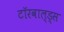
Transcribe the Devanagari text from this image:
टॉरवाल्ड्स